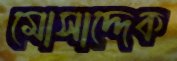
মোসাদ্দেক